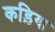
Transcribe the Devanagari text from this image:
कड़िया